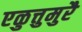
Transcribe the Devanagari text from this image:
एळुत्तुमुरै